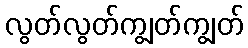
လွတ်လွတ်ကျွတ်ကျွတ်